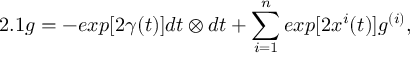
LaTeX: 2 . 1 g = - e x p [ 2 { \gamma } ( t ) ] d t \otimes d t + \sum _ { i = 1 } ^ { n } e x p [ 2 { x ^ { i } } ( t ) ] g ^ { ( i ) } ,